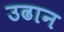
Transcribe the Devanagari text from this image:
उढान